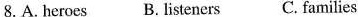
8. A.Heroes B. Listeners C. families